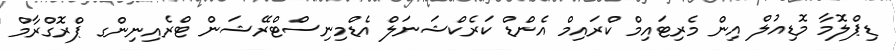
ޑިޕްލޮމާ މޮޑިއުލް އިން މެރިޓައިމް ކްރައިމް އެންޑް ކަރެކްޝަނަލް އެޑްމިނިސްޓްރޭޝަން ޓްރެއިނިންގ ޕްރޮގްރާމް